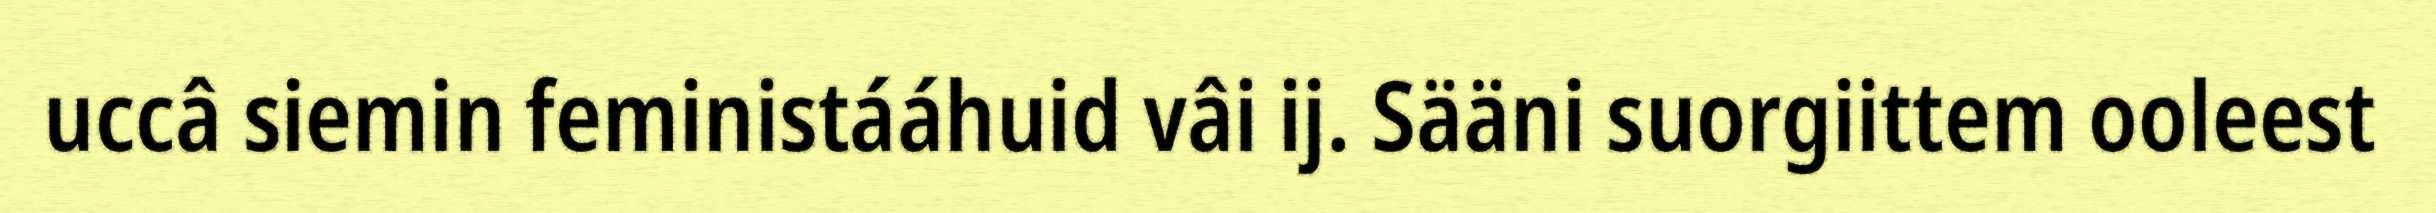
uccâ siemin feministááhuid vâi ij. Sääni suorgiittem ooleest